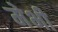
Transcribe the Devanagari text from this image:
मेभी